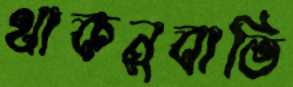
থাকনুবাভি